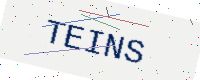
Text: TEINS